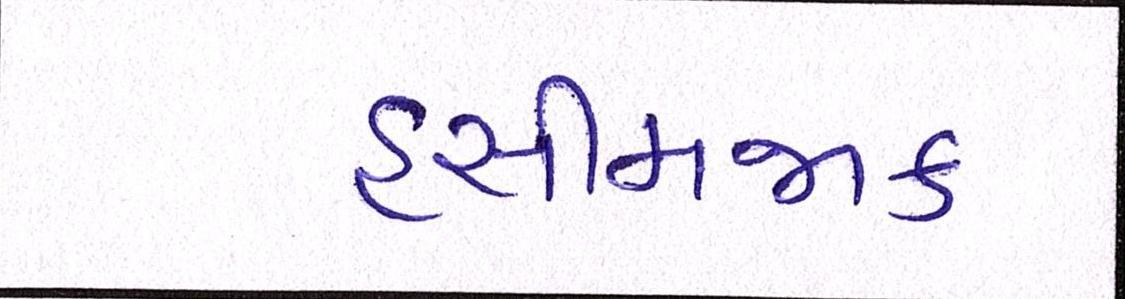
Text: હસીમજાક